Indian journal of veterinary science and animal husbandry - Volume 7,
Year: 1937
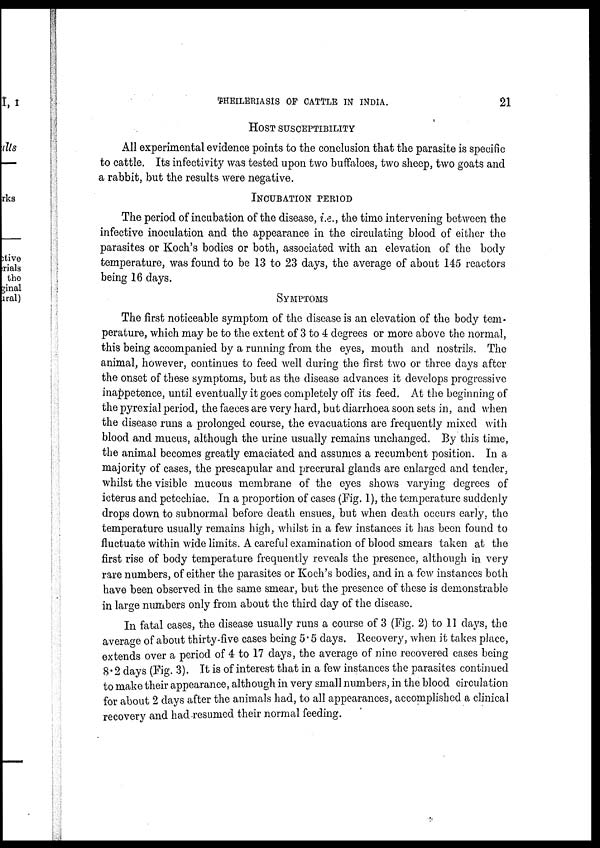
PHEILERIASIS OF CATTLE IN INDIA.
21
HOST SUSCEPTIBILITY
All experimental evidence points to the conclusion that the parasite is specific
to cattle. Its infectivity was tested upon two buffaloes, two sheep, two goats and
a rabbit, but the results were negative.
INCUBATION PERIOD
The period of incubation of the disease, i.e., the time intervening between the
infective inoculation and the appearance in the circulating blood of either the
parasites or Koch's bodies or both, associated with an elevation of the body
temperature, was found to be 13 to 23 days, the average of about 145 reactors
being 16 days.
SYMPTOMS
The first noticeable symptom of the disease is an elevation of the body tem-
perature, which may be to the extent of 3 to 4 degrees or more above the normal,
this being accompanied by a running from the eyes, mouth and nostrils. The
animal, however, continues to feed well during the first two or three days after
the onset of these symptoms, but as the disease advances it develops progressive
inappetence, until eventually it goes completely off its feed. At the beginning of
the pyrexial period, the faeces are very hard, but diarrhoea soon sets in, and when
the disease runs a prolonged course, the evacuations are frequently mixed with
blood and mucus, although the urine usually remains unchanged. By this time,
the animal becomes greatly emaciated and assumes a recumbent position. In a
majority of cases, the prescapular and precrural glands are enlarged and tender,
whilst the visible mucous membrane of the eyes shows varying degrees of
icterus and petechiae. In a proportion of cases (Fig. 1), the temperature suddenly
drops down to subnormal before death ensues, but when death occurs early, the
temperature usually remains high, whilst in a few instances it has been found to
fluctuate within wide limits. A careful examination of blood smears taken at the
first rise of body temperature frequently reveals the presence, although in very
rare numbers, of either the parasites or Koch's bodies, and in a few instances both
have been observed in the same smear, but the presence of these is demonstrable
in large numbers only from about the third day of the disease.
In fatal cases, the disease usually runs a course of 3 (Fig. 2) to 11 days, the
average of about thirty-five cases being 5 . 5 days. Recovery, when it takes place,
extends over a period of 4 to 17 days, the average of nine recovered cases being
8.2 days (Fig. 3). It is of interest that in a few instances the parasites continued
to make their appearance, although in very small numbers, in the blood circulation
for about 2 days after the animals had, to all appearances, accomplished a clinical
recovery and had resumed their normal feeding.